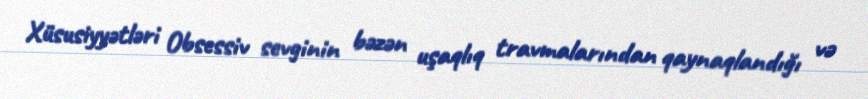
Xüsusiyyətləri Obsessiv sevginin bəzən uşaqlıq travmalarından qaynaqlandığı və